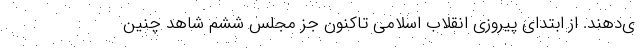
ی‌دهند. از ابتدای پیروزی انقلاب اسلامی تاکنون جز مجلس ششم شاهد چنین